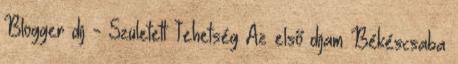
Blogger díj - Született Tehetség Az első díjam Békéscsaba